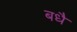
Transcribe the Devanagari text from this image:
बधै